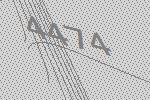
4474